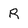
Character: R